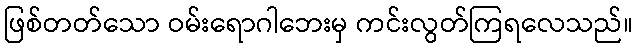
ဖြစ်တတ်သော ဝမ်းရောဂါဘေးမှ ကင်းလွတ်ကြရလေသည်။